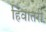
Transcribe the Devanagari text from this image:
हिवातरी